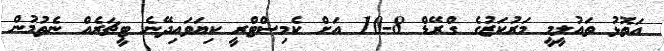
އަތޮޅު ތައުލީމީ މަރުކަޒުގެ ގްރޭޑް 8-10 އަށް ކެމިސްޓްރީ ކިޔަވައިދޭނެ ޓީޗަރެއް ނެތުމުން